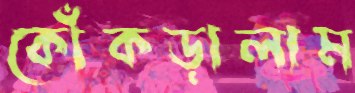
কোঁকড়ালাম